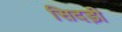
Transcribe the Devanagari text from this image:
सिदड़ी